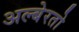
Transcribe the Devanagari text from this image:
अल्बेरतो